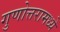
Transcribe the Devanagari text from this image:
गुणोत्तरामध्ये